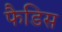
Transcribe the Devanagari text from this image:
फैडिस